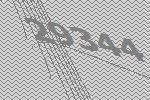
29344